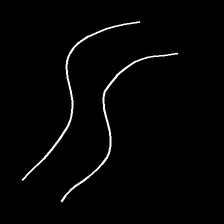
Glyph: float